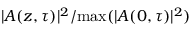
| A ( z , \tau ) | ^ { 2 } / \mathrm { { m a x } } ( | A ( 0 , \tau ) | ^ { 2 } )